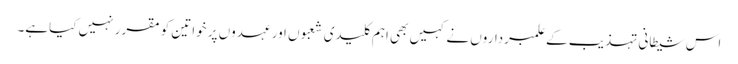
اس شیطانی تہذیب کے علمبرداروں نے کہیں بھی اہم کلیدی شعبوں اور عہدوں پر خواتین کو مقرر نہیں کیاہے۔